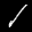
Label: 1